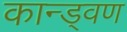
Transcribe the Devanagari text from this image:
कान्ड्वण